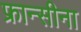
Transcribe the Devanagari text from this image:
फ्रान्सीना